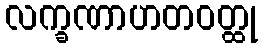
လက္ခဏာဟတဝတ္ထု